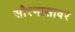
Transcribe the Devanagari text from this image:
सौरमासावर